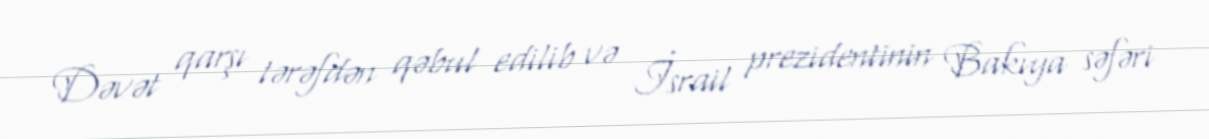
Dəvət qarşı tərəfdən qəbul edilib və İsrail prezidentinin Bakıya səfəri